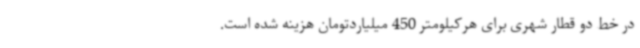
در خط دو قطار شهری برای هرکیلومتر 450 میلیاردتومان هزینه شده است.